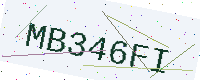
Text: MB346FI